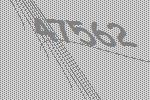
47562